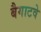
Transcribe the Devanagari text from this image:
बैगाटवे